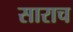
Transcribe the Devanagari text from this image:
साराच